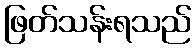
ဖြတ်သန်းရသည်